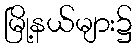
မြို့နယ်များ၌